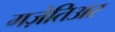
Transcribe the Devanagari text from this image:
गज़ेतिअर